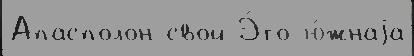
Апасполон свой Э́то ю́жнаjа